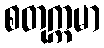
စတုက္ကမာ